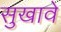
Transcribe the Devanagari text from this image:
सुखावे